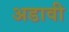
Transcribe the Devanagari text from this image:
अडावी